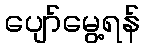
ပျော်မွေ့ရန်